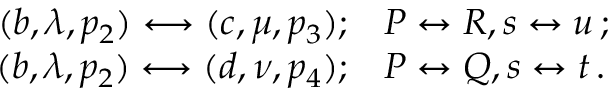
\begin{array} { r l } { { ( b , \lambda , p _ { 2 } ) \longleftrightarrow ( c , \mu , p _ { 3 } ) ; } } & { { P \leftrightarrow R , s \leftrightarrow u \, ; } } \\ { { ( b , \lambda , p _ { 2 } ) \longleftrightarrow ( d , \nu , p _ { 4 } ) ; } } & { { P \leftrightarrow Q , s \leftrightarrow t \, . } } \end{array}